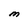
Character: M